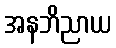
အနဘိညာယ